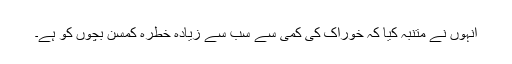
انہوں نے متنبہ کیا کہ خوراک کی کمی سے سب سے زیادہ خطرہ کمسن بچوں کو ہے۔